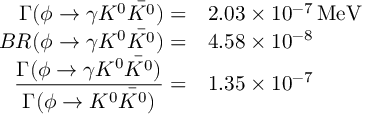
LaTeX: \begin{array} { r l } { { \Gamma ( \phi \rightarrow \gamma K ^ { 0 } \bar { K ^ { 0 } } ) = } } & { { 2 . 0 3 \times 1 0 ^ { - 7 } \, \mathrm { M e V } } } \\ { { B R ( \phi \rightarrow \gamma K ^ { 0 } \bar { K ^ { 0 } } ) = } } & { { 4 . 5 8 \times 1 0 ^ { - 8 } } } \\ { { \displaystyle \frac { \Gamma ( \phi \rightarrow \gamma K ^ { 0 } \bar { K ^ { 0 } } ) } { \Gamma ( \phi \rightarrow K ^ { 0 } \bar { K ^ { 0 } } ) } = } } & { { 1 . 3 5 \times 1 0 ^ { - 7 } } } \end{array}